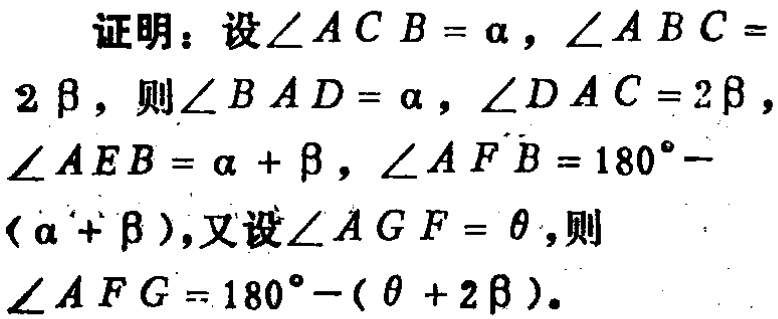
证明：设\(\angle ACB = \alpha\)，\(\angle ABC = 2\beta\)，则\(\angle BAD = \alpha\)，\(\angle DAC = 2\beta\)，\(\angle AEB=\alpha+\beta\)，\(\angle AFB = 180^{\circ}-(\alpha + \beta)\)，又设\(\angle AGF=\theta\)，则\(\angle AFG = 180^{\circ}-(\theta + 2\beta)\)。